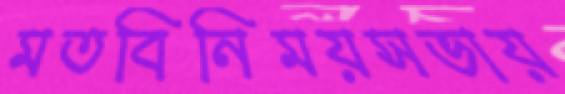
মতবিনিময়সভায়